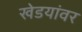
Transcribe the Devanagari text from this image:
खेडयांवर